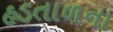
હડતાળના